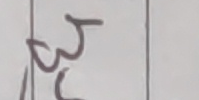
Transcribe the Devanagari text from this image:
३३